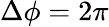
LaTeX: \Delta\phi=2\pi